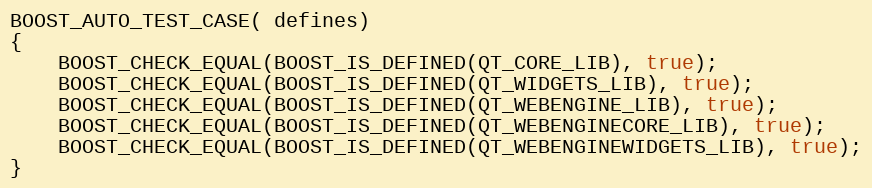
Language: C++
BOOST_AUTO_TEST_CASE( defines)
{
    BOOST_CHECK_EQUAL(BOOST_IS_DEFINED(QT_CORE_LIB), true);
    BOOST_CHECK_EQUAL(BOOST_IS_DEFINED(QT_WIDGETS_LIB), true);
    BOOST_CHECK_EQUAL(BOOST_IS_DEFINED(QT_WEBENGINE_LIB), true);
    BOOST_CHECK_EQUAL(BOOST_IS_DEFINED(QT_WEBENGINECORE_LIB), true);
    BOOST_CHECK_EQUAL(BOOST_IS_DEFINED(QT_WEBENGINEWIDGETS_LIB), true);
}